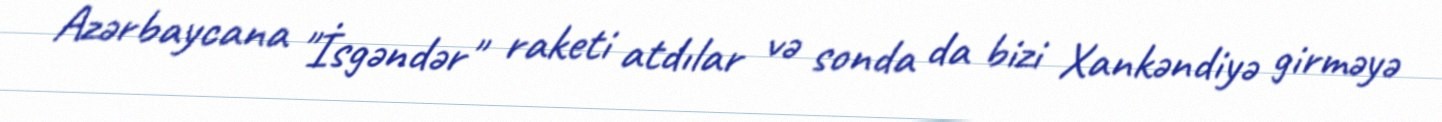
Azərbaycana "İsgəndər" raketi atdılar və sonda da bizi Xankəndiyə girməyə